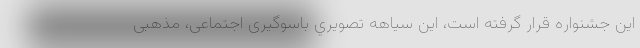
اين جشنواره قرار گرفته است، اين سياهه‌ تصويري باسوگیری اجتماعی، مذهبی